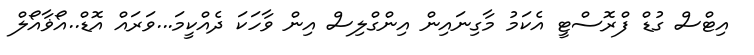
އިޓްސް ގުޑް ފްރޮސްޓީ އެކަމު މާގިނައިން އިންގްލިސް އިން ވާހަކަ ދެއްކީމަ...ވަރައް އޮޑް..އޯޥާއޯލް